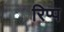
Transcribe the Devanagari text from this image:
रिप्प